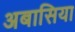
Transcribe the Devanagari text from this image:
अबासिया